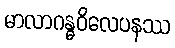
မာလာဂန္ဓဝိလေပနဿ